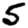
Digit: 5